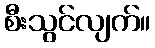
စီးသွင်လျက်။